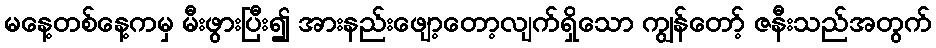
မနေ့တစ်နေ့ကမှ မီးဖွားပြီး၍ အားနည်းဖျော့တော့လျက်ရှိသော ကျွန်တော့် ဇနီးသည်အတွက်